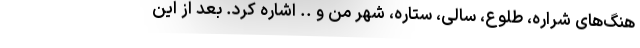
هنگ‌های شراره، طلوع، سالی، ستاره، شهر من و .. اشاره کرد. بعد از این